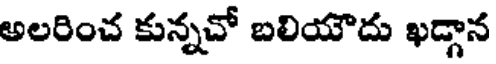
అలరించ కున్నచో బలియౌదు ఖడ్గాన